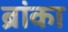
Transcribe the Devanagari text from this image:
ब्रांका